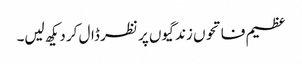
عظیم فاتحوں زندگیوں پر نظر ڈال کر دیکھ لیں۔